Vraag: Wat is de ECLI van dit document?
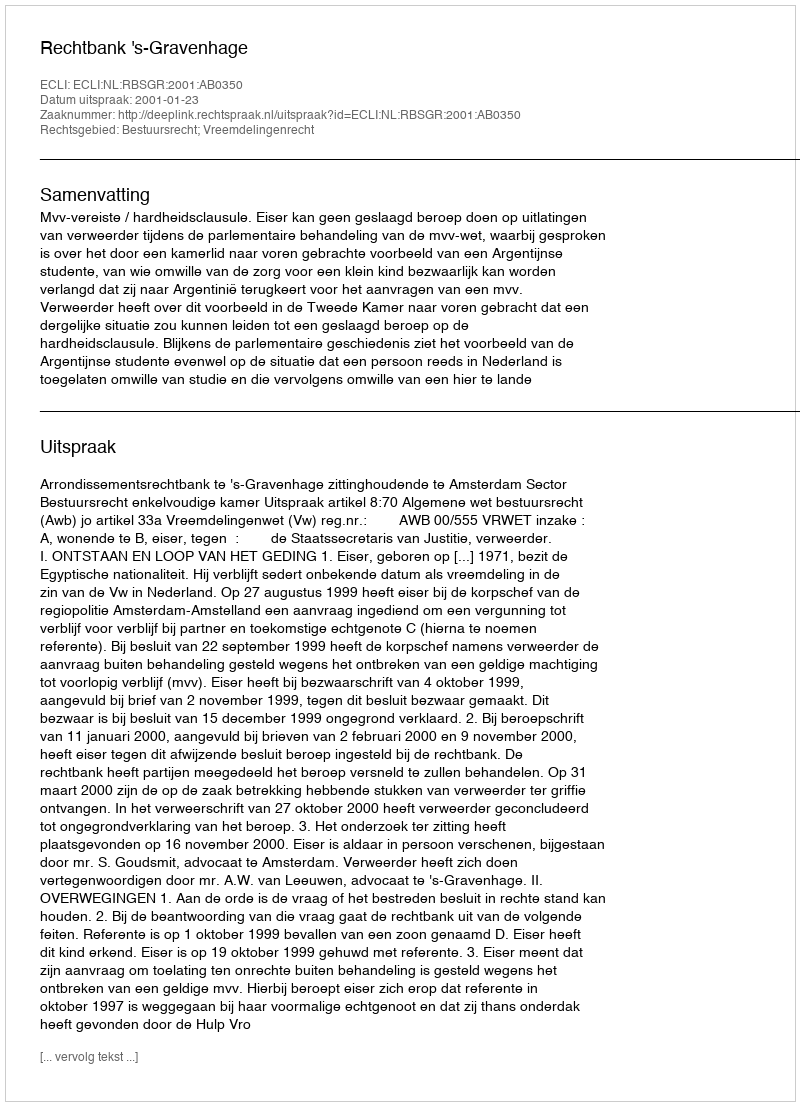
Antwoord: ECLI:NL:RBSGR:2001:AB0350